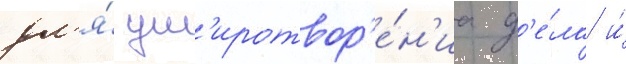
дл'я́ ум'иротвор'е́н'иа д'е́ла и́